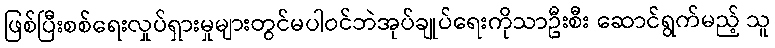
ဖြစ်ပြီးစစ်ရေးလှုပ်ရှားမှုများတွင်မပါဝင်ဘဲအုပ်ချုပ်ရေးကိုသာဦးစီး ဆောင်ရွက်မည့် သူ